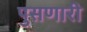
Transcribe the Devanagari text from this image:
पुसणारी